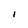
Character: I